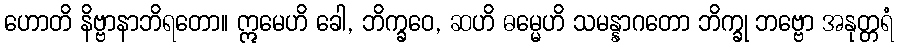
ဟောတိ နိဗ္ဗာနာဘိရတော။ ဣမေဟိ ခေါ, ဘိက္ခဝေ, ဆဟိ ဓမ္မေဟိ သမန္နာဂတော ဘိက္ခု ဘဗ္ဗော အနုတ္တရံ